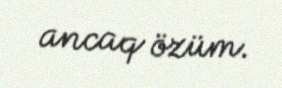
ancaq özüm.